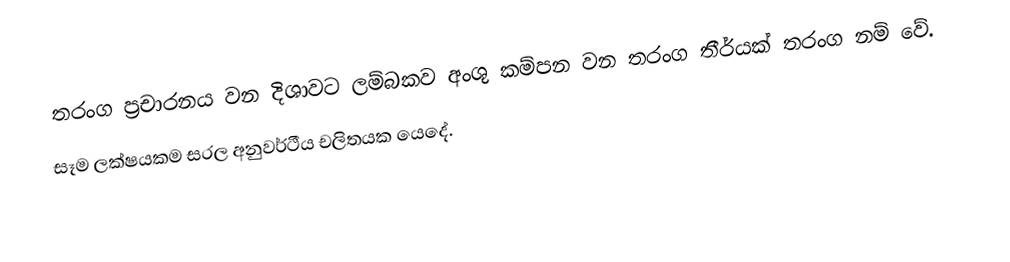
තරංග ප්‍රචාරනය වන දිශාවට ලම්බකව අංශු කම්පන වන තරංග තීර්යක් තරංග නම් වේ.
 සෑම ලක්ෂයකම සරල අනුවර්ථීය චලිතයක යෙදේ.